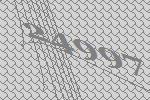
24997